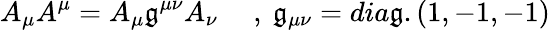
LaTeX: A_{\mu}A^{\mu}=A_{\mu}\mathfrak{g}^{\mu\nu}A_{\nu}~~~~~,~\mathfrak{g}_{\mu\nu}=dia\mathfrak{g}.(1,-1,-1)